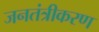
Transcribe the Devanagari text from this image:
जनतंत्रीकरण